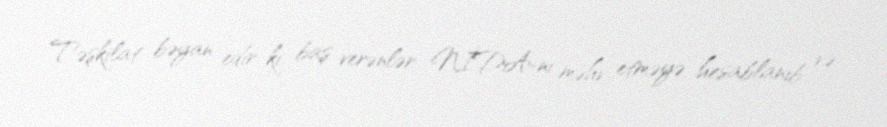
Təşkilat bəyan edir ki, baş verənlər NİDA-nı məhv etməyə hesablanıb və